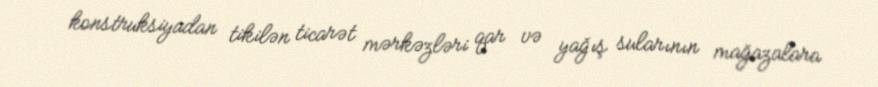
konstruksiyadan tikilən ticarət mərkəzləri qar və yağış sularının mağazalara